Annual report of the Punjab Veterinary College and of the Civil Veterinary Department, Punjab - 1926-1932
Year: 1926
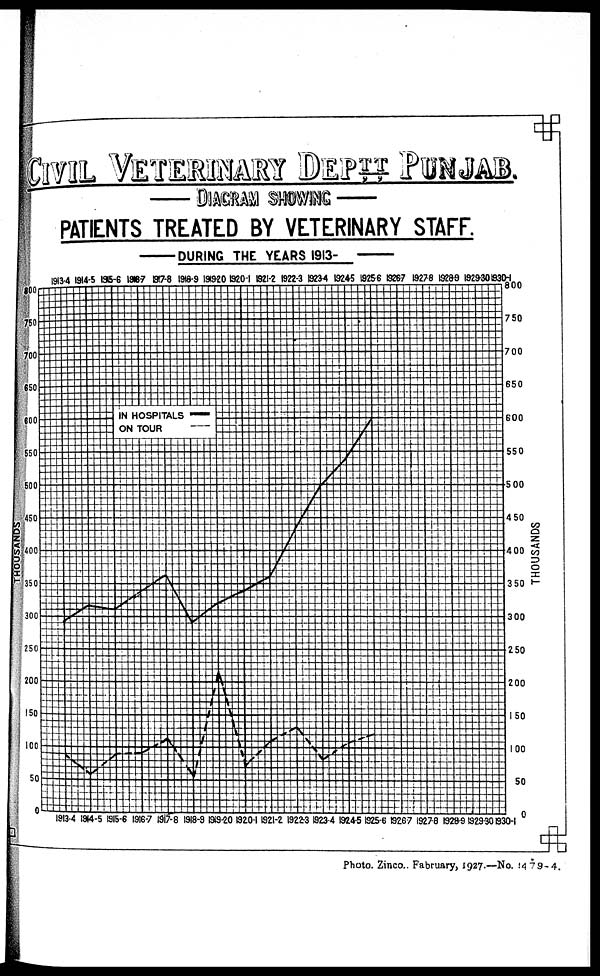
CIVIL VETERINARY DEPTT PU
DIAGRAM SHOWING
PATIENTS TRETED BY VETERINARY STAFF.
DURING THE YEARS 1913-
Photo. Zinco., Fabruary, 1927.—No. 1479-4.